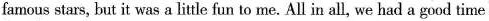
famous stars, but it was a little fun to me. All in all, we had a good time